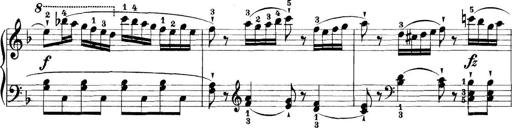
Title: 11 Sonatinas
Composer: Anton Diabelli